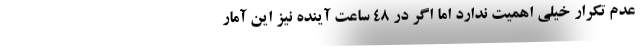
عدم تکرار خیلی اهمیت ندارد اما اگر در ۴۸ ساعت آینده نیز این آمار